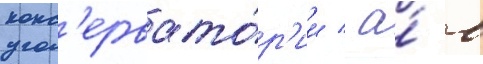
конс'ервато́р'ии / а́ в